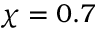
\chi = 0 . 7